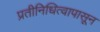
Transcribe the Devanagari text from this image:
प्रतीनिधित्वापासून